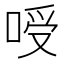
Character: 㖟